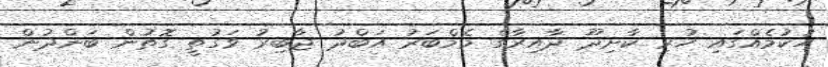
ހުކުމެއްގައި ހުރި ކާށިދޫ ދާއިރާގެ މެމްބަރު އަބްދު ޖާބިރު ވަގުތީ ގޮތުން ބަންދުން